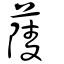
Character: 䔖